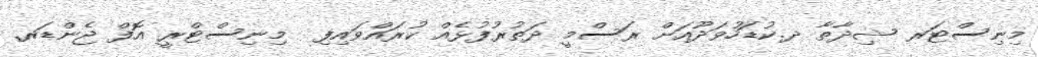
މިނިސްޓަރ ޝިދާތާ ދ.ކުޑަހުވަދޫއަށް ރަސްމީ ދަތުރުފުޅެއް ކުރައްވައިފި  މިނިސްޓްރީ އޮފް ޖެންޑަރ